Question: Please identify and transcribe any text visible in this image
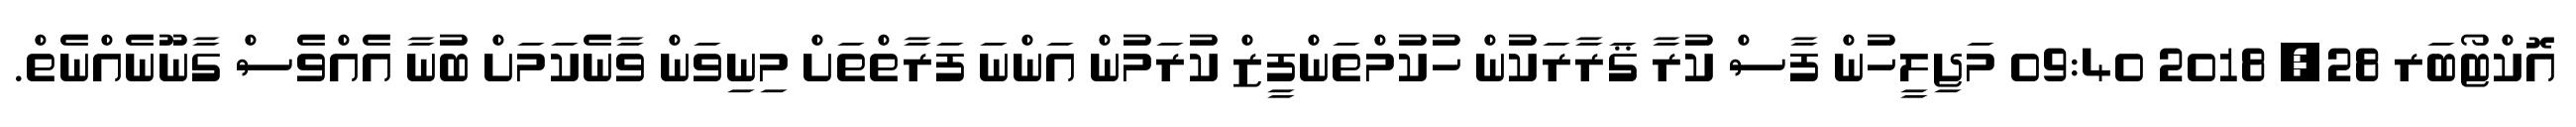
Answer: އޮކްޓޯބަރ 28, 2018 09:40 މަޖިލީހުން ފާސް ކުރާ ޤަރާރަކުން ހުކުމްތަންފީޒް ކުރަމުން އަންނަ ފަރާތްތަށް މިނިވަން ވާނެކަމަށް ބުނާ އެއްވެސް ގާނޫނެއްނެތް.